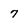
Character: 7